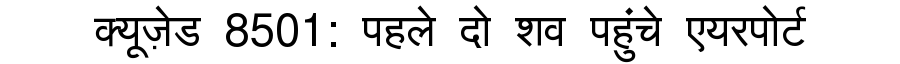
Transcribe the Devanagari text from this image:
क्यूज़ेड 8501: पहले दो शव पहुंचे एयरपोर्ट